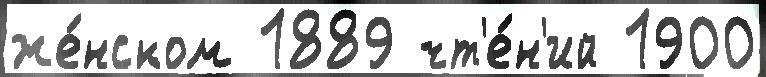
же́нском 1889 чт'е́н'ий 1900